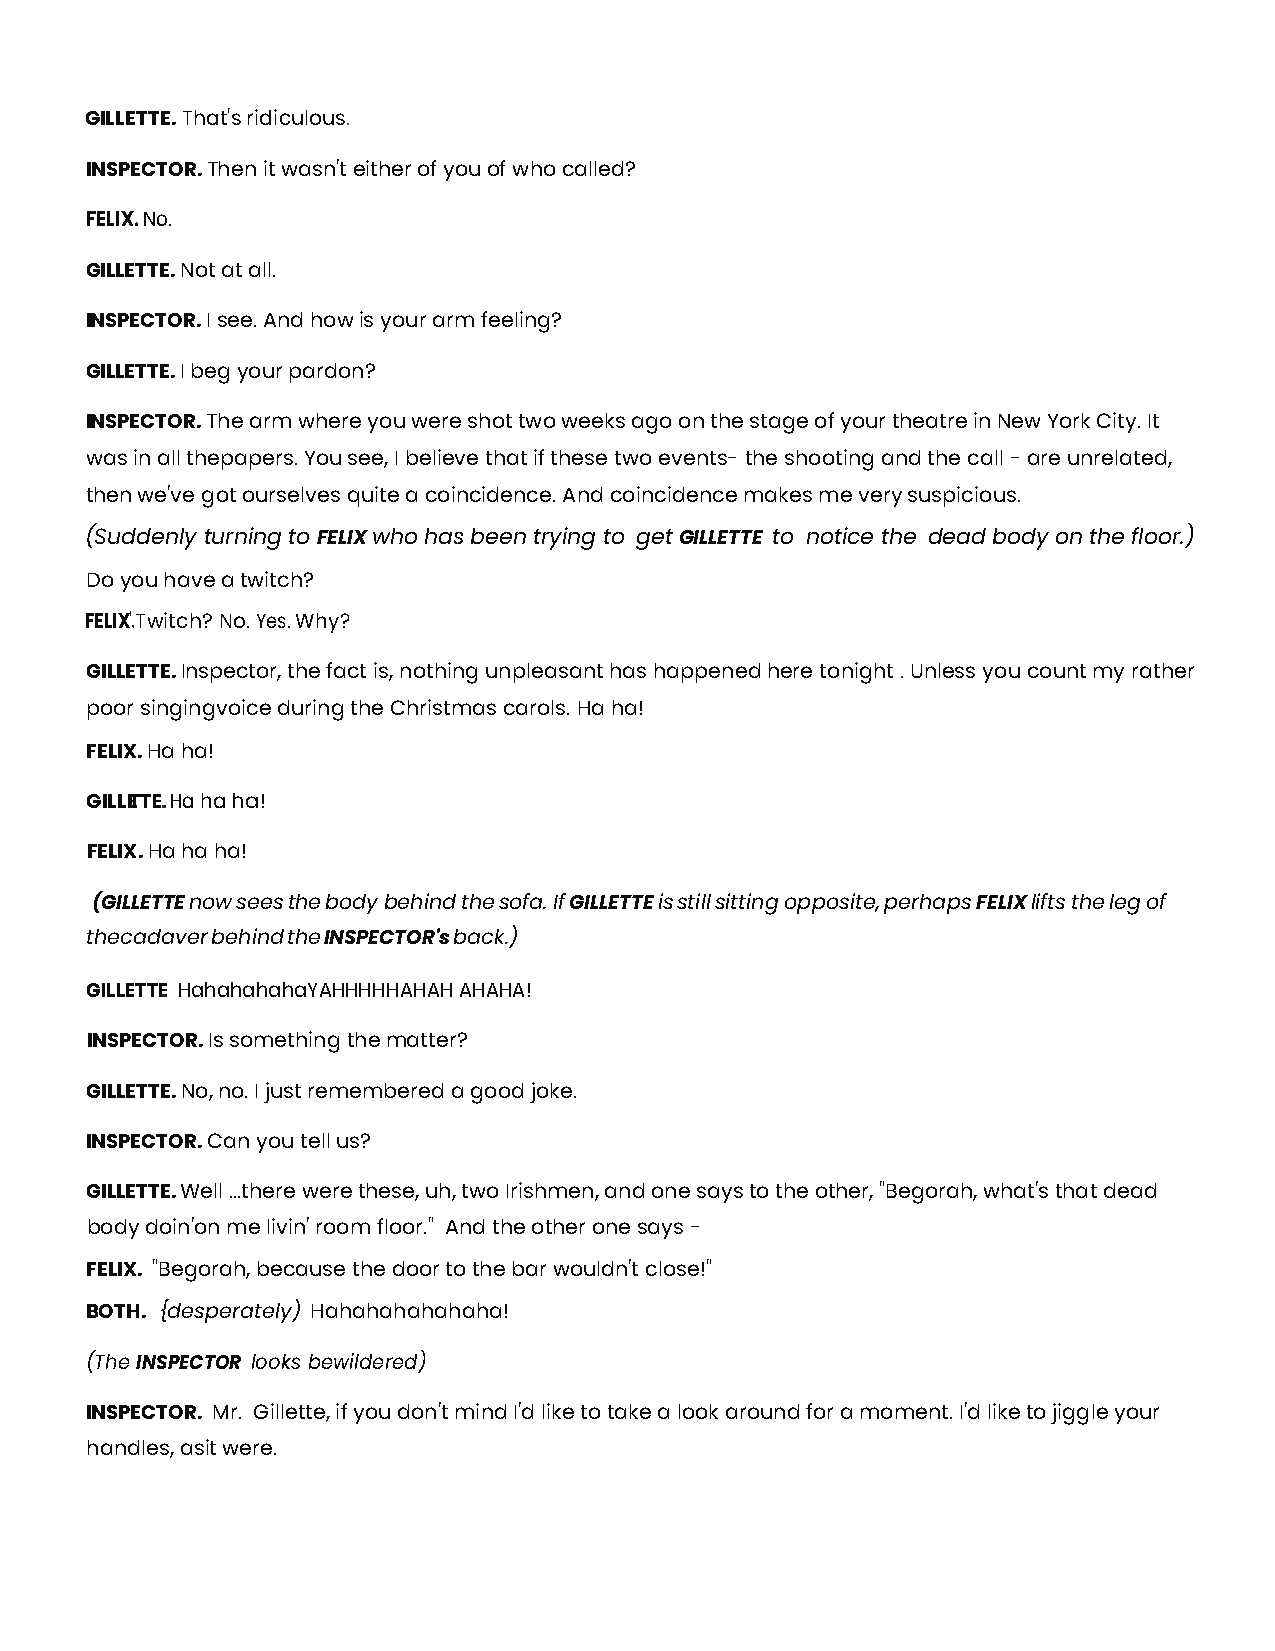
GILLETTE. That's ridiculous.
 INSPECTOR. Then it wasn't either of you of who called?
 FELIX. No.
 GILLETTE. Not at all.
 INSPECTOR. I see. And how is your arm feeling?
 GILLETTE. I beg your pardon?
 INSPECTOR. The arm where you were shot two weeks ago on the stage of your theatre in New York City. It
 was in all the papers. You see, I believe that if these two events- the shooting and the call - are unrelated,
 then we've got ourselves quite a coincidence. And coincidence makes me very suspicious.
 (Suddenly turning to FELIX who has been trying to get GILLETTE to notice the dead body on the floor.)
 Do you have a twitch?
 FELIX'. Twitch? No. Yes. Why?
 GILLETTE. Inspector, the fact is, nothing unpleasant has happened here tonight . Unless you count my rather
 poor singing voice during the Christmas carols. Ha ha!
 FELIX. Ha ha!
 GILLETTE. Ha ha ha!
 FELIX. Ha ha ha!
 (GILLETTE now sees the body behind the sofa. If GILLETTE is still sitting opposite, perhaps FELIX lifts the leg of
 the cadaver behind the INSPECTOR's back.)
 GILLETTE. HahahahahaYAHHHHHAHAH AHAHA!
 INSPECTOR. Is something the matter?
 GILLETTE. No, no. I just remembered a good joke.
 INSPECTOR. Can you tell us?
 GILLETTE. Well ...there were these, uh, two Irishmen, and one says to the other, "Begorah, what's that dead
 body doin' on me livin' room floor." And the other one says -
 FELIX. "Begorah, because the door to the bar wouldn't close!"
 BOTH. {desperately) Hahahahahahaha!
 (The INSPECTOR looks bewildered)
 INSPECTOR. Mr. Gillette, if you don't mind I'd like to take a look around for a moment. I'd like to jiggle your
 handles, as it were.